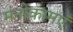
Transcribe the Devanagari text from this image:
मनोकामएं